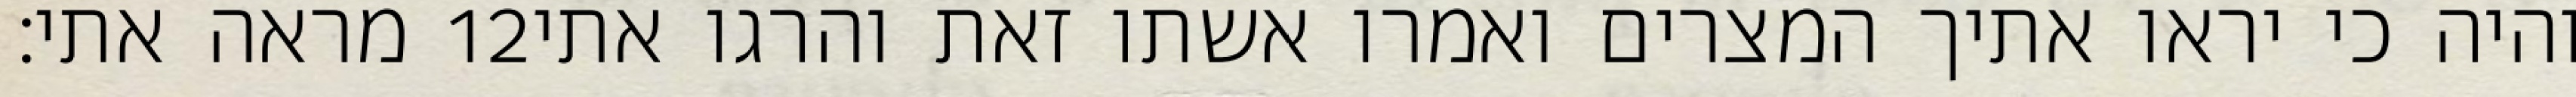
מראה אתי׃ ‎12‏ והיה כי יראו אתיך המצרים ואמרו אשתו זאת והרגו אתי